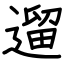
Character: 遛